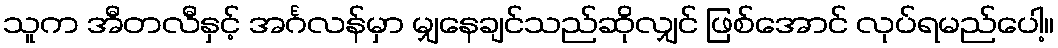
သူက အီတလီနှင့် အင်္ဂလန်မှာ မျှနေချင်သည်ဆိုလျှင် ဖြစ်အောင် လုပ်ရမည်ပေါ့။